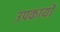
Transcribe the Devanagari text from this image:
उपकार्यों